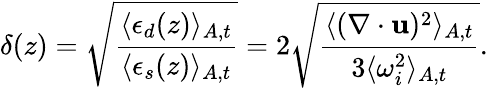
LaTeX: \delta(z)=\sqrt{\frac{\langle\epsilon_{d}(z)\rangle_{A,t}}{\langle\epsilon_{s}(z)\rangle_{A,t}}}=2\sqrt{\frac{\langle(\mathbf{\nabla}\cdot\mathbf{u})^{2}\rangle_{A,t}}{3\langle\omega_{i}^{2}\rangle_{A,t}}}.